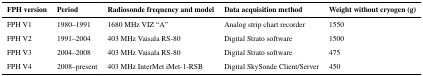
<table><thead><tr><td><b>FPH version</b></td><td><b>Period</b></td><td><b>Radiosonde frequency and model</b></td><td><b>Data acquisition method</b></td><td><b>Weight without cryogen (g)</b></td></tr></thead><tbody><tr><td>FPH V1</td><td>1980–1991</td><td>1680 MHz VIZ “A”</td><td>Analog strip chart recorder</td><td>1550</td></tr><tr><td>FPH V2</td><td>1991–2004</td><td>403 MHz Vaisala RS-80</td><td>Digital Strato software</td><td>1500</td></tr><tr><td>FPH V3</td><td>2004–2008</td><td>403 MHz Vaisala RS-80</td><td>Digital Strato software</td><td>475</td></tr><tr><td>FPH V4</td><td>2008–present</td><td>403 MHz InterMet iMet-1-RSB</td><td>Digital SkySonde Client/Server</td><td>450</td></tr></tbody></table>